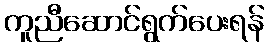
ကူညီဆောင်ရွက်ပေးရန်